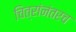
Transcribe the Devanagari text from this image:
चित्रांनंतरच